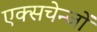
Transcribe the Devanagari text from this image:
एक्सचेन्जों